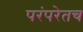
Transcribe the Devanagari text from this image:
परंपरेतच